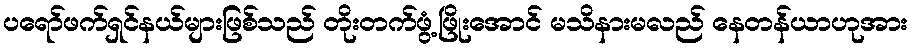
ပရော်ဖက်ရှင်နယ်များဖြစ်သည် တိုးတက်ဖွံ့ဖြိုးအောင် မသိနားမလည် နေတန်ယာဟုအား